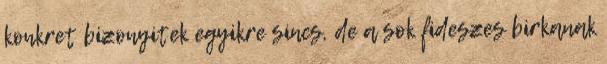
konkret bizonyitek egyikre sincs, de a sok fideszes birkanak